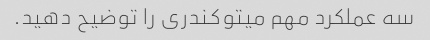
سه عملکرد مهم میتوکندری را توضیح دهید.